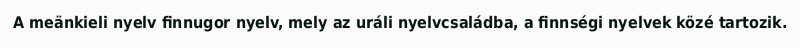
A meänkieli nyelv finnugor nyelv, mely az uráli nyelvcsaládba, a finnségi nyelvek közé tartozik.